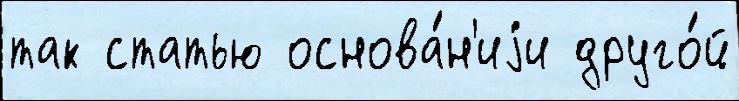
так статью основа́н'иjи друго́й